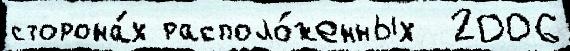
сторона́х располо́женных  2006